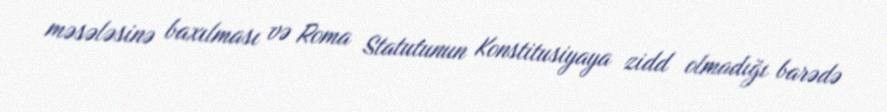
məsələsinə baxılması və Roma Statutunun Konstitusiyaya zidd olmadığı barədə